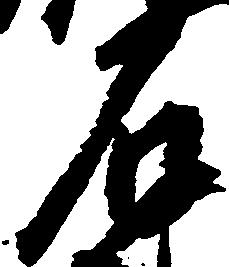
石